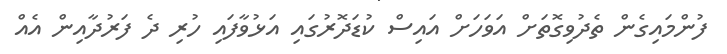
ފުންމައިގެން ތެދުވިގޮތަށް އަވަހަށް އައިސް ކުޑަދޮރުގައި އަޅުވާފައި ހުރި ދެ ފަރުދާއިން އެއް